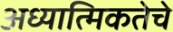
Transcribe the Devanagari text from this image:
अध्यात्मिकतेचे